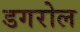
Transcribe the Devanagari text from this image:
डगरोल